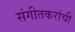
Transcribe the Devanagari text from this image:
संगीतकरांची